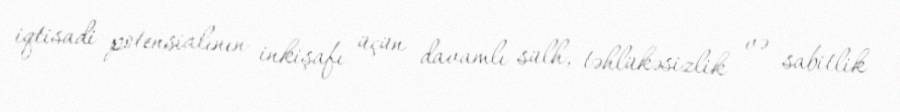
iqtisadi potensialının inkişafı üçün davamlı sülh, təhlükəsizlik və sabitlik